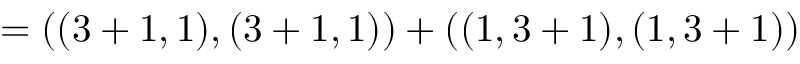
= ( ( 3 + 1 , 1 ) , ( 3 + 1 , 1 ) ) + ( ( 1 , 3 + 1 ) , ( 1 , 3 + 1 ) )